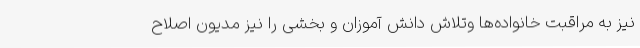
نیز به مراقبت خانواده‌ها وتلاش دانش آموزان و بخشی را نیز مدیون اصلاح